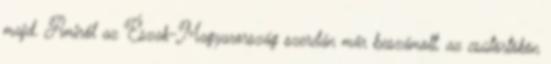
majd. Amiről az Észak-Magyarország szerdán már beszámolt, az csütörtökön